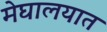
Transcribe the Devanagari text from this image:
मेघालयात